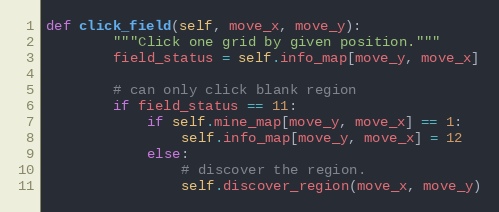
Language: Python
def click_field(self, move_x, move_y):
        """Click one grid by given position."""
        field_status = self.info_map[move_y, move_x]

        # can only click blank region
        if field_status == 11:
            if self.mine_map[move_y, move_x] == 1:
                self.info_map[move_y, move_x] = 12
            else:
                # discover the region.
                self.discover_region(move_x, move_y)